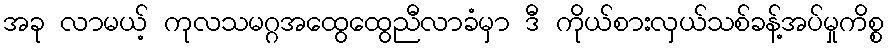
အခု လာမယ့် ကုလသမဂ္ဂအထွေထွေညီလာခံမှာ ဒီ ကိုယ်စားလှယ်သစ်ခန့်အပ်မှုကိစ္စ